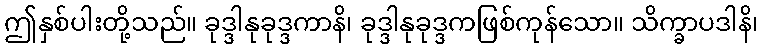
ဤနှစ်ပါးတို့သည်။ ခုဒ္ဒါနုခုဒ္ဒကာနိ၊ ခုဒ္ဒါနုခုဒ္ဒကဖြစ်ကုန်သော။ သိက္ခာပဒါနိ၊